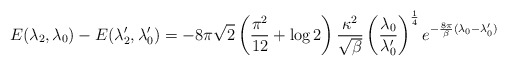
\begin{align*}E(\lambda_2,\lambda_0)-E(\lambda^{\prime}_2,\lambda^{\prime}_0)=-8\pi\sqrt{2}\left(\frac{\pi^2}{12}+\log 2\right)\frac{\kappa^2}{\sqrt{\beta}}\left(\frac{\lambda_0}{\lambda^{\prime}_0}\right)^{\frac{1}{4}}e^{-\frac{8\pi}{\beta}(\lambda_0-{\lambda}^{\prime}_0)}\end{align*}